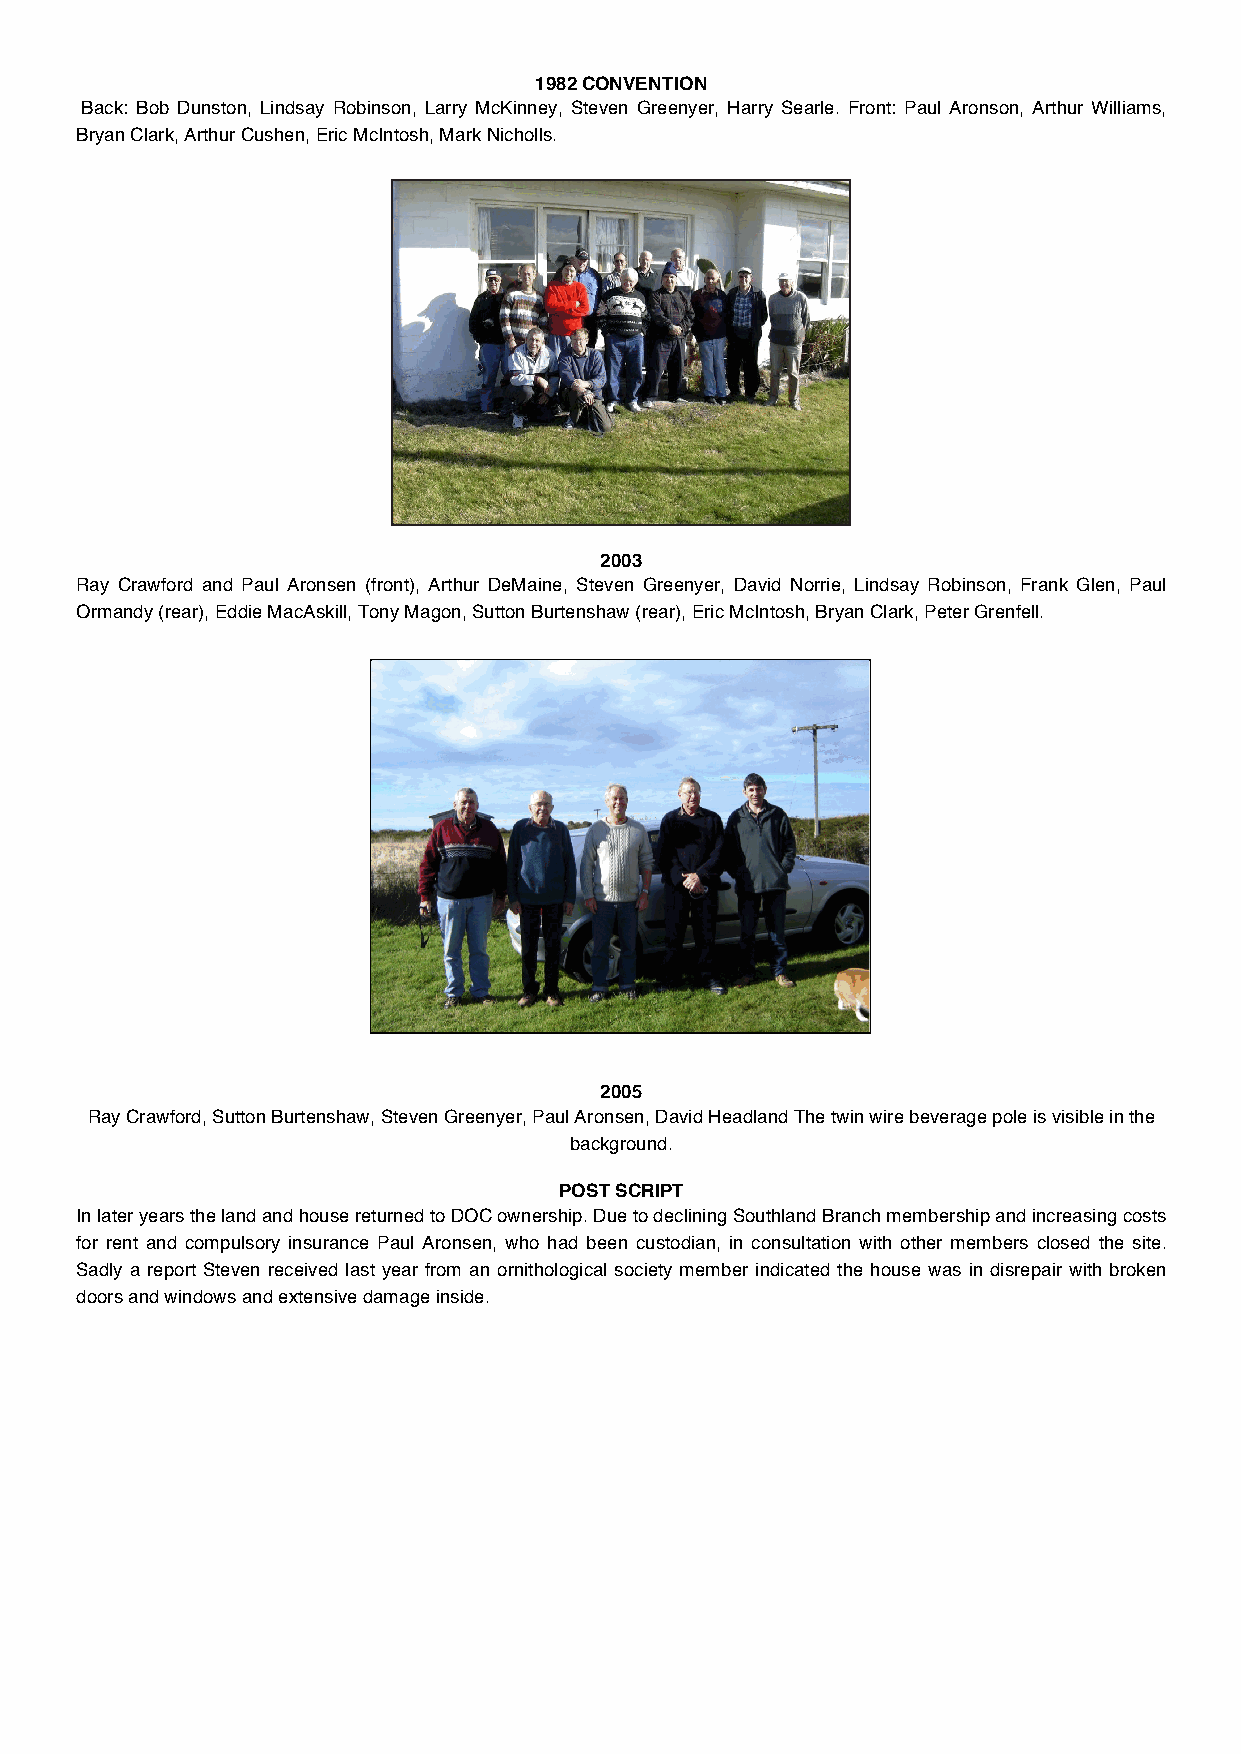
1982 CONVENTION
 Back: Bob Dunston, Lindsay Robinson, Larry McKinney, Steven Greenyer, Harry Searle. Front: Paul Aronson, Arthur Williams,
 Bryan Clark, Arthur Cushen, Eric McIntosh, Mark Nicholls.
 2003
 Ray Crawford and Paul Aronsen (front), Arthur DeMaine, Steven Greenyer, David Norrie, Lindsay Robinson, Frank Glen, Paul
 Ormandy (rear), Eddie MacAskill, Tony Magon, Sutton Burtenshaw (rear), Eric McIntosh, Bryan Clark, Peter Grenfell.
 2005
 Ray Crawford, Sutton Burtenshaw, Steven Greenyer, Paul Aronsen, David Headland The twin wire beverage pole is visible in the
 background.
 POST SCRIPT
 In later years the land and house returned to DOC ownership. Due to declining Southland Branch membership and increasing costs
 for rent and compulsory insurance Paul Aronsen, who had been custodian, in consultation with other members closed the site.
 Sadly a report Steven received last year from an ornithological society member indicated the house was in disrepair with broken
 doors and windows and extensive damage inside.